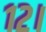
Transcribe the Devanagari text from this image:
१२।